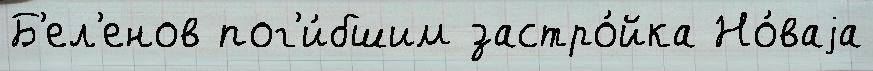
Б'ел'енов пог'и́бшим застро́йка Но́ваjа